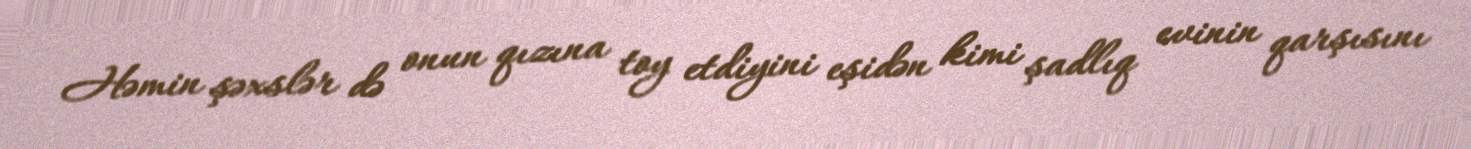
Həmin şəxslər də onun qızına toy etdiyini eşidən kimi şadlıq evinin qarşısını